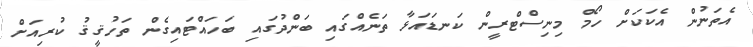
އެތަނުން އެކަކަށް ހޯމް މިނިސްޓްރީން ކަނޑައަޅާ ތަނެއްގައި ބަންދުގައި ބަހައްޓައިގެން ތަހުޤީޤު ކުރިއަށް